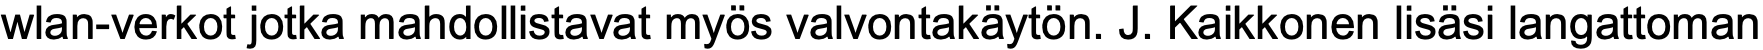
wlan-verkot jotka mahdollistavat myös valvontakäytön. J. Kaikkonen lisäsi langattoman